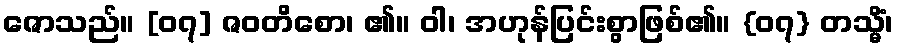
ဇောသည်။ [၀၇] ဇဝတိစော၊ ၏။ ဝါ၊ အဟုန်ပြင်းစွာဖြစ်၏။ {၀၇} တသ္မိံ၊